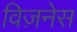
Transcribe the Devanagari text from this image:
विज़नेस